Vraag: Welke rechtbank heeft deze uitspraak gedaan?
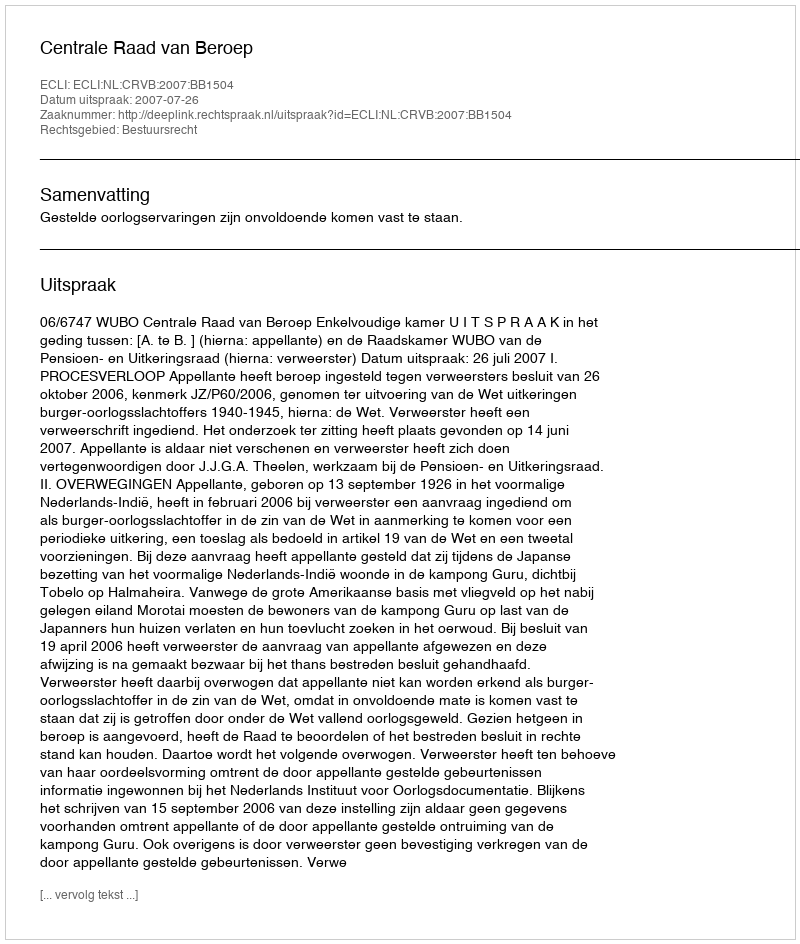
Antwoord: Centrale Raad van Beroep